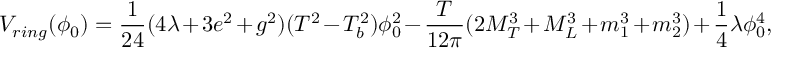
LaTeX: V _ { r i n g } ( \phi _ { 0 } ) = \frac { 1 } { 2 4 } ( 4 \lambda + 3 e ^ { 2 } + g ^ { 2 } ) ( T ^ { 2 } - T _ { b } ^ { 2 } ) \phi _ { 0 } ^ { 2 } - \frac { T } { 1 2 \pi } ( 2 M _ { T } ^ { 3 } + M _ { L } ^ { 3 } + m _ { 1 } ^ { 3 } + m _ { 2 } ^ { 3 } ) + \frac { 1 } { 4 } \lambda \phi _ { 0 } ^ { 4 } ,